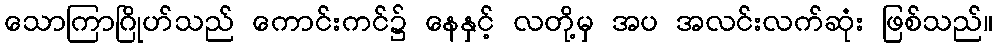
သောကြာဂြိုဟ်သည် ကောင်းကင်၌ နေနှင့် လတို့မှ အပ အလင်းလက်ဆုံး ဖြစ်သည်။